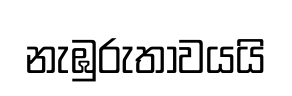
නැඹුරුතාවයයි